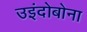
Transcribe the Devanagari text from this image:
उइंदोबोना